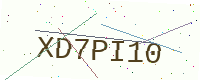
Text: XD7PI10